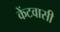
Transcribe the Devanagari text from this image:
केंटवासी